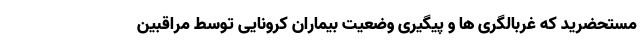
مستحضرید که غربالگری ها و پیگیری وضعیت بیماران کرونایی توسط مراقبین